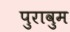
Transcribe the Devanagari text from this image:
पुरावुम